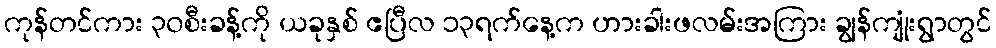
ကုန်တင်ကား ၃၀စီးခန့်ကို ယခုနှစ် ဧပြီလ ၁၃ရက်နေ့က ဟားခါးဖလမ်းအကြား ချွန်ကျုံးရွာတွင်